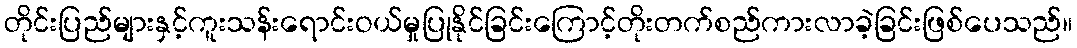
တိုင်းပြည်များနှင့်ကူးသန်းရောင်းဝယ်မှုပြုနိုင်ခြင်းကြောင့်တိုးတက်စည်ကားလာခဲ့ခြင်းဖြစ်ပေသည်။